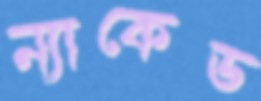
ন্যাকেড